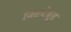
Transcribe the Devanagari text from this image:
जिसमेंब्रूस